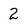
Character: 2